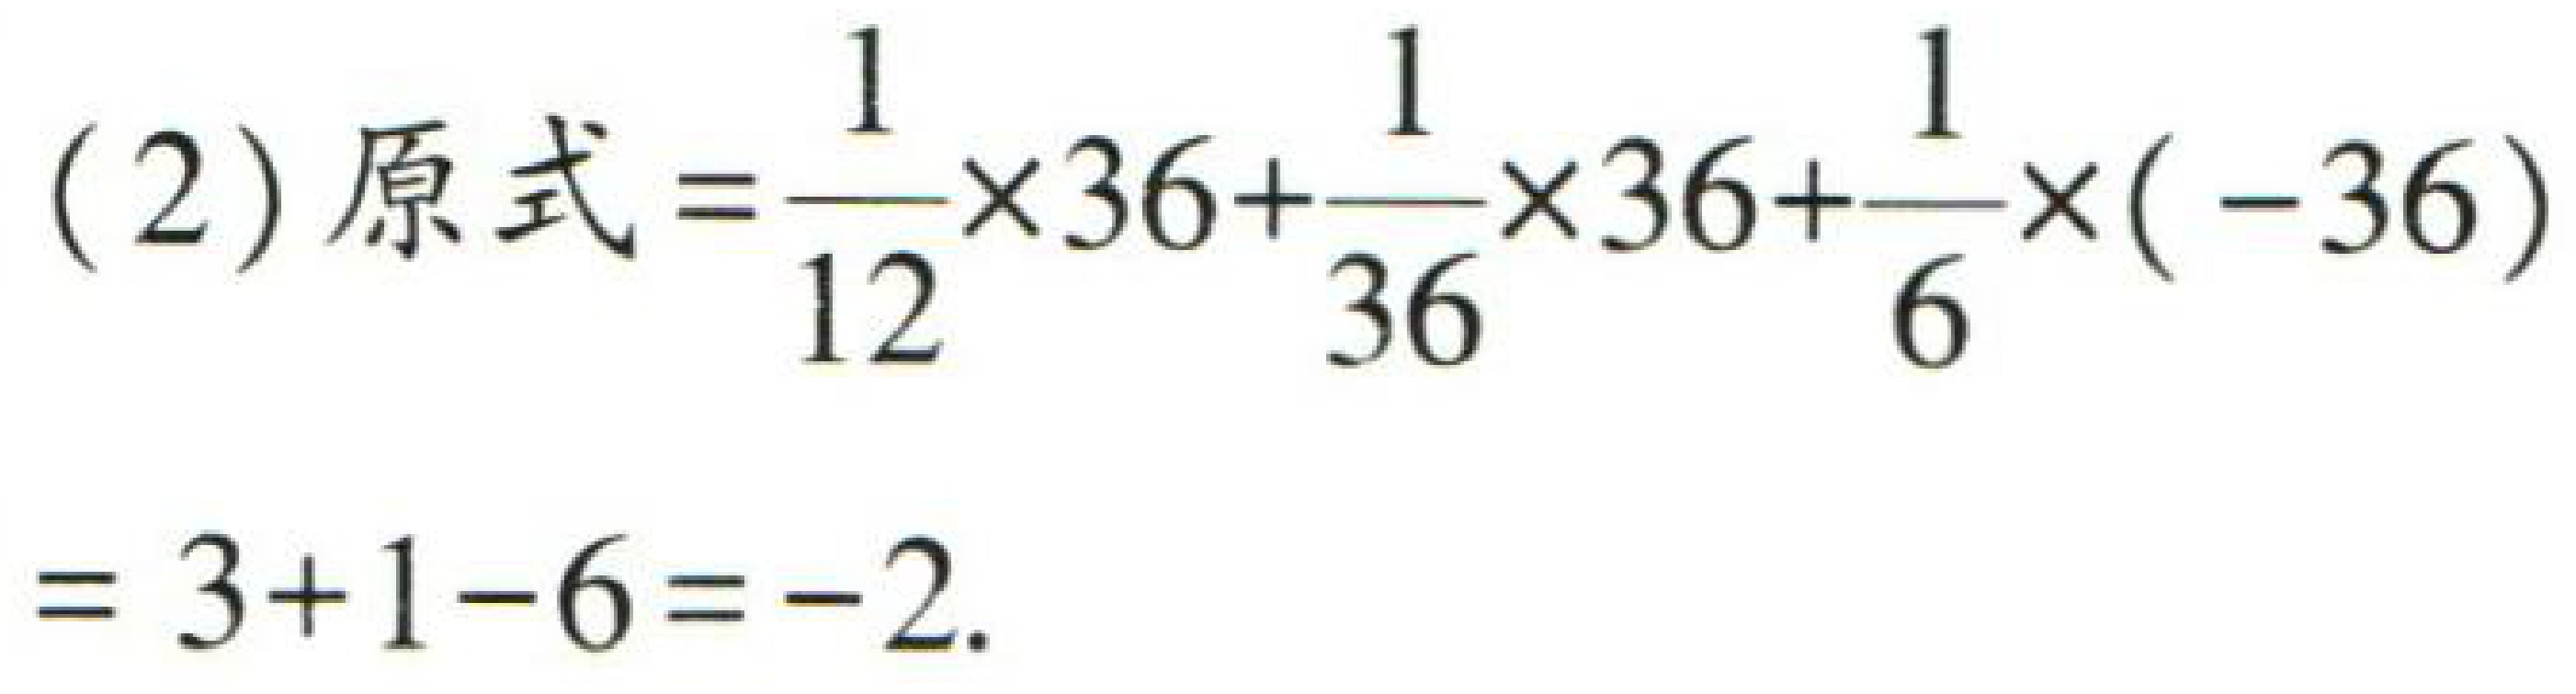
(2) 原式$=\frac{1}{12}\times36+\frac{1}{36}\times36+\frac{1}{6}\times(-36)$
$=3 + 1 - 6 = -2$.